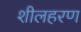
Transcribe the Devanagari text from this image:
शीलहरण